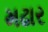
મઢાર